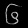
Digit: ၆